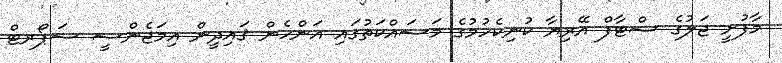
މާފުށީ ޖަލުގެ ސްޓާފް އޭރިޔާ ކުނިކެހުމުގެ މަސައްކަތުގައި އަންހެން ޤައިދީން އިމަޖެންސީ ސަޕޯރޓް